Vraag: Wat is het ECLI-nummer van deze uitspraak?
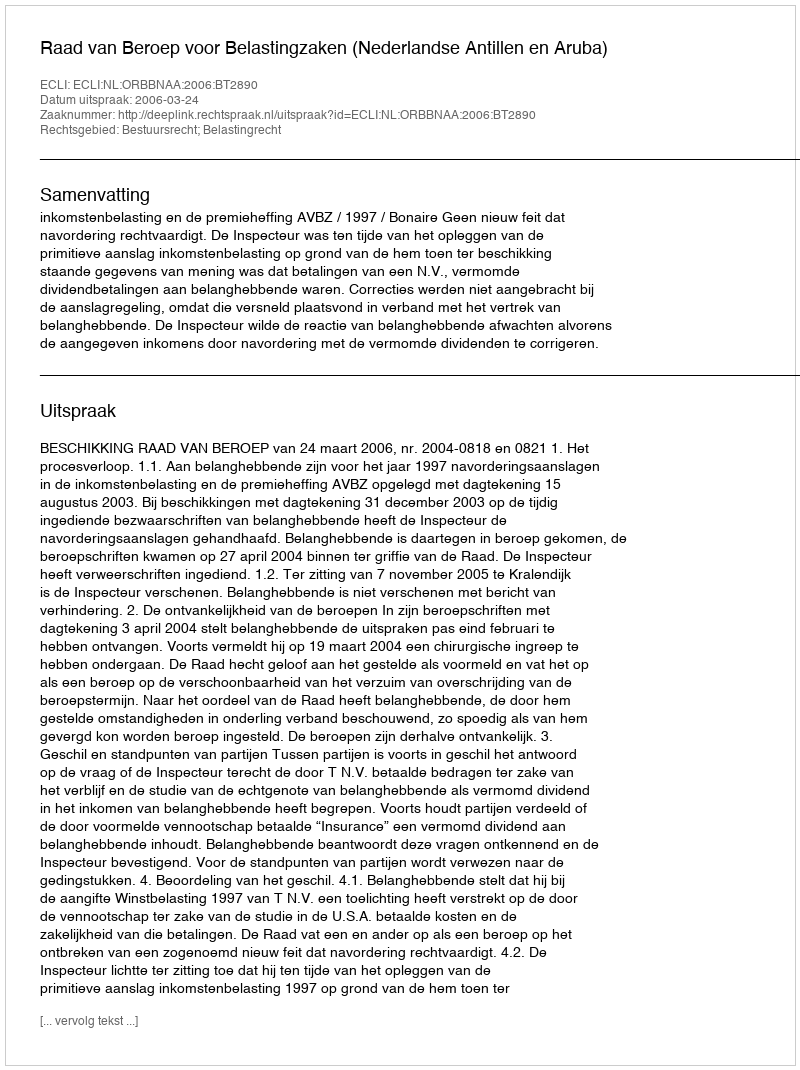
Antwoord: ECLI:NL:ORBBNAA:2006:BT2890